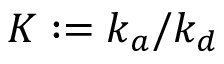
K : = k _ { a } / k _ { d }